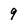
Character: 9